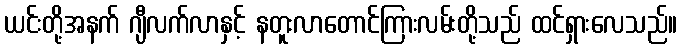
ယင်းတို့အနက် ဂျီလက်လာနှင့် နတူးလာတောင်ကြားလမ်းတို့သည် ထင်ရှားလေသည်။